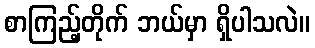
စာကြည့်တိုက် ဘယ်မှာ ရှိပါသလဲ။